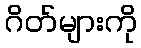
ဂိတ်များကို